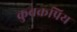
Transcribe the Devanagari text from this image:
कुचक्रप्रिय